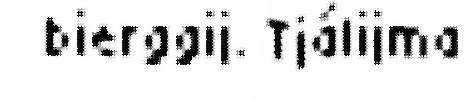
bierggij. Tjálijma